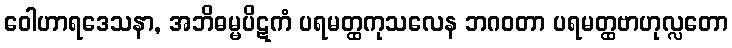
ဝေါဟာရဒေသနာ, အဘိဓမ္မပိဋကံ ပရမတ္ထကုသလေန ဘဂဝတာ ပရမတ္ထဗာဟုလ္လတော